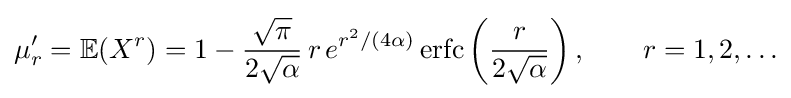
\mu '_{r}=\mathbb {E} (X^{r})=1-{\frac {\sqrt {\pi }}{2{\sqrt {\alpha }}}}\,r\,e^{r^{2}/(4\alpha )}\,\mathrm {erfc} \left({\frac {r}{2{\sqrt {\alpha }}}}\right),\qquad r=1,2,\ldots